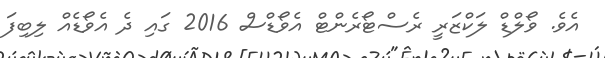
އެވެ. ވޯލްޑް ލަކްޒަރީ ރެސްޓޯރެންޓް އެވޯޑްސް 2016 ގައި ދެ އެވޯޑެއް ލިބިފަ